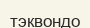
тэквондо